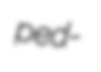
ped-